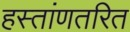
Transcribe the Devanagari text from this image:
हस्तांणतरित